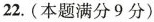
22. (本题满分9分)